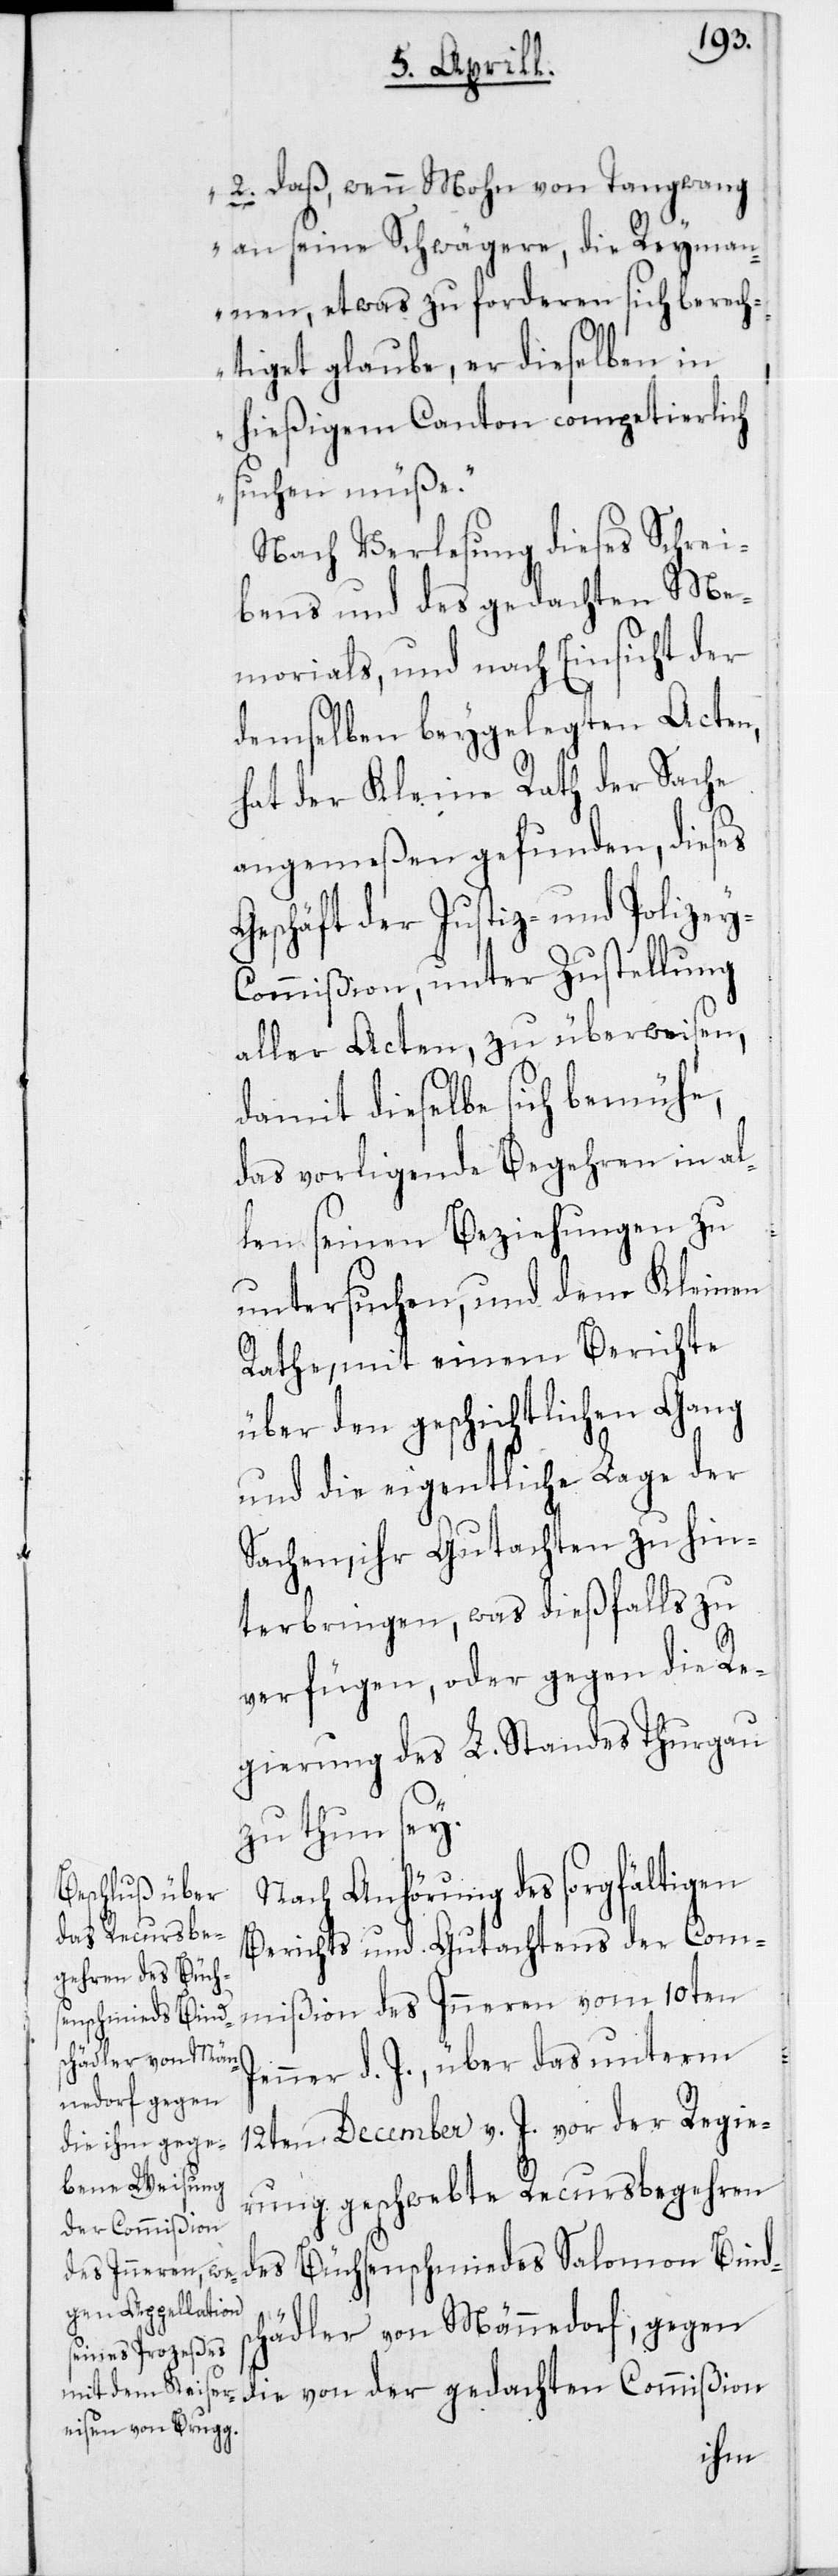
2. Daß, wenn Mohn von Tangwang
an seine Schwägere, die Reyman¬
nen etwas zu forderen sich berech¬
tiget glaube, er dieselben in
hießigem Canton competierlich
suchen müße.“
Nach Verlesung dieses Schrei¬
bens und des gedachten Me¬
morials, und nach Einsicht der
demselben beygelegten Acten,
hat der Kleine Rath der Sache
angemeßen gefunden, dieses
Geschäft der Justiz- und Polize¬
ommißion, unter Zustellung
aller Acten, zu überweisen,
damit dieselbe sich bemühe,
das vorligende Begehren in al¬
y-C¬
len seinen Beziehungen zu
untersuchen, und dem Kleinen
Rathe, mit einem Berichte
über den geschichtlichen Gang
und die eigentliche Lage der
Sachen, ihr Gutachten zu hin¬
terbringen, was dießfalls zu
verfügen, oder gegen die Re¬
gierung des L. Standes Thurgau
zu thun sey.
Nach Anhörung des sorgfältigen
Berichts und Gutachtens der Com¬
mißion des Inneren vom 10ten
J¬
enner d. J., über das unterm
12ten December v. J. vor der Regie¬
rung geschwebte Recursbegehren
des Büchsenschmiedes Salomon Binds¬
chädler von Männedorf, gegen
die von der gedachten Commißion